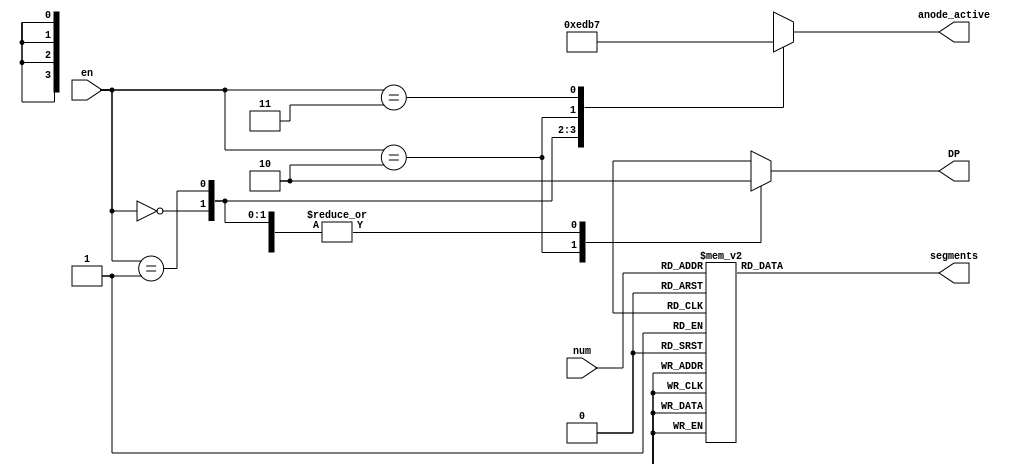
`timescale 1ns / 1ps

module SevenSegDecWithEn(
        input [1:0]en, input [3:0] num, output reg [6:0] segments, output reg [3:0] anode_active, output reg DP); 
       always @* begin
       case(num)
            0: segments = 7'b0000001;
            1: segments = 7'b1001111;
            2: segments = 7'b0010010;
            3: segments = 7'b0000110;
            4: segments = 7'b1001100;
            5: segments = 7'b0100100;
            6: segments = 7'b0100000;
            7: segments = 7'b0001111;
            8: segments = 7'b0000000;
            9: segments = 7'b0001100;
            10: segments = 7'b0001000;
            11: segments = 7'b1100000;
            12: segments = 7'b0110001;
            13: segments = 7'b1000010;
            14: segments = 7'b0110000;
            15: segments = 7'b0111000;
       endcase
       end
       always @* begin
       case(en)
       0: begin 
       anode_active = 4'b1110;
       DP = 0;
       end 
       1: begin
       anode_active = 4'b1101;
       DP = 0;
       end
       2: begin
       anode_active = 4'b1011;
       DP = 1;
       end
       3: begin
       anode_active = 4'b0111;
       DP = 0;
       end
       endcase
       end
       
endmodule